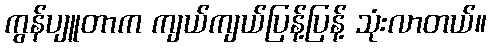
ကွန်ပျူတာက ကျယ်ကျယ်ပြန့်ပြန့် သုံးလာတယ်။